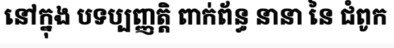
នៅក្នុង បទប្បញ្ញត្តិ ពាក់ព័ន្ធ នានា នៃ ជំពូក